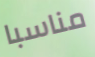
مناسبا